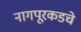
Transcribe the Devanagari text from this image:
नागपूरकडचे